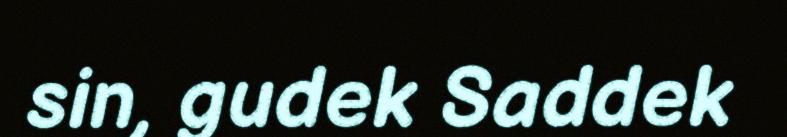
sin, gudek Saddek